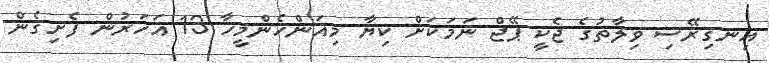
އިނގިރޭސި ވިލާތުގެ ޖެކީ ޕޭޖް ނަމަކަށް ކިޔާ މިއަންހެންމީހާ 13 އަހަރުން ފެށިގެން